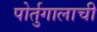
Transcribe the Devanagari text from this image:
पोर्तुगालाची